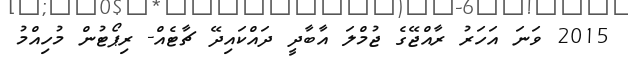
2015 ވަނަ އަހަރު ރާއްޖޭގެ ޖުމްލަ އާބާދީ ދައްކައިދޭ ޗާޓެއް- ރިޕޯޓުން މުހިއްމު